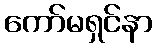
ကော်မရှင်နာ